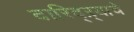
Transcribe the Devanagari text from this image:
दारिद्‌ऱ्याचे